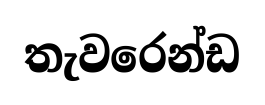
තැවරෙන්ඩ